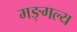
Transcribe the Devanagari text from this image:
मङ्गल्य